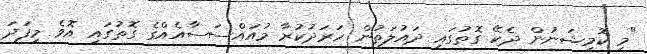
"މި ކޮމިޝަނުން ދެކޭ ގޮތުގައި ދައުލަތުން ހަރަދުކުރާ މުއައްސަސާއެއްގެ ގޮތުގައި އޮވެ މިފަދަ